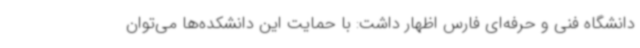
دانشگاه فنی و حرفه‌ای فارس اظهار داشت: با حمایت این دانشکده‌ها می‌توان